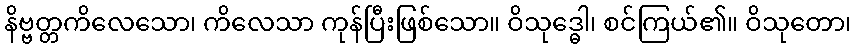
နိဗ္ဗတ္တကိလေသော၊ ကိလေသာ ကုန်ပြီးဖြစ်သော။ ဝိသုဒ္ဓေါ၊ စင်ကြယ်၏။ ဝိသုတော၊